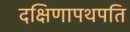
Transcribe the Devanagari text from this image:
दक्षिणापथपति